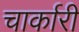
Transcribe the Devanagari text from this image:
चार्कारी